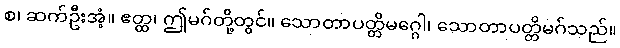
စ၊ ဆက်ဦးအံ့။ ဧတ္ထ၊ ဤမဂ်တို့တွင်။ သောတာပတ္တိမဂ္ဂေါ၊ သောတာပတ္တိမဂ်သည်။